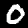
Label: 0